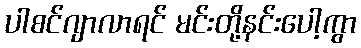
ပါစင်ဂျာလာရင် မင်းတို့နင်းပေါ့ကွာ